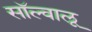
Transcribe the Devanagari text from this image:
सॉल्वालू